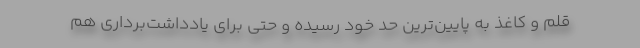
قلم و کاغذ به پایین‌ترین حد خود رسیده و حتی برای یادداشت‌برداری هم